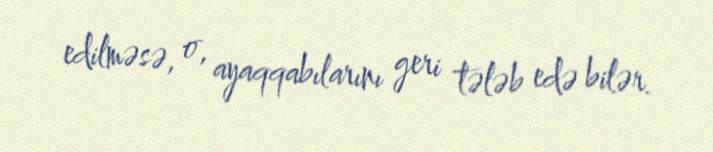
edilməsə, o, ayaqqabılarını geri tələb edə bilər.